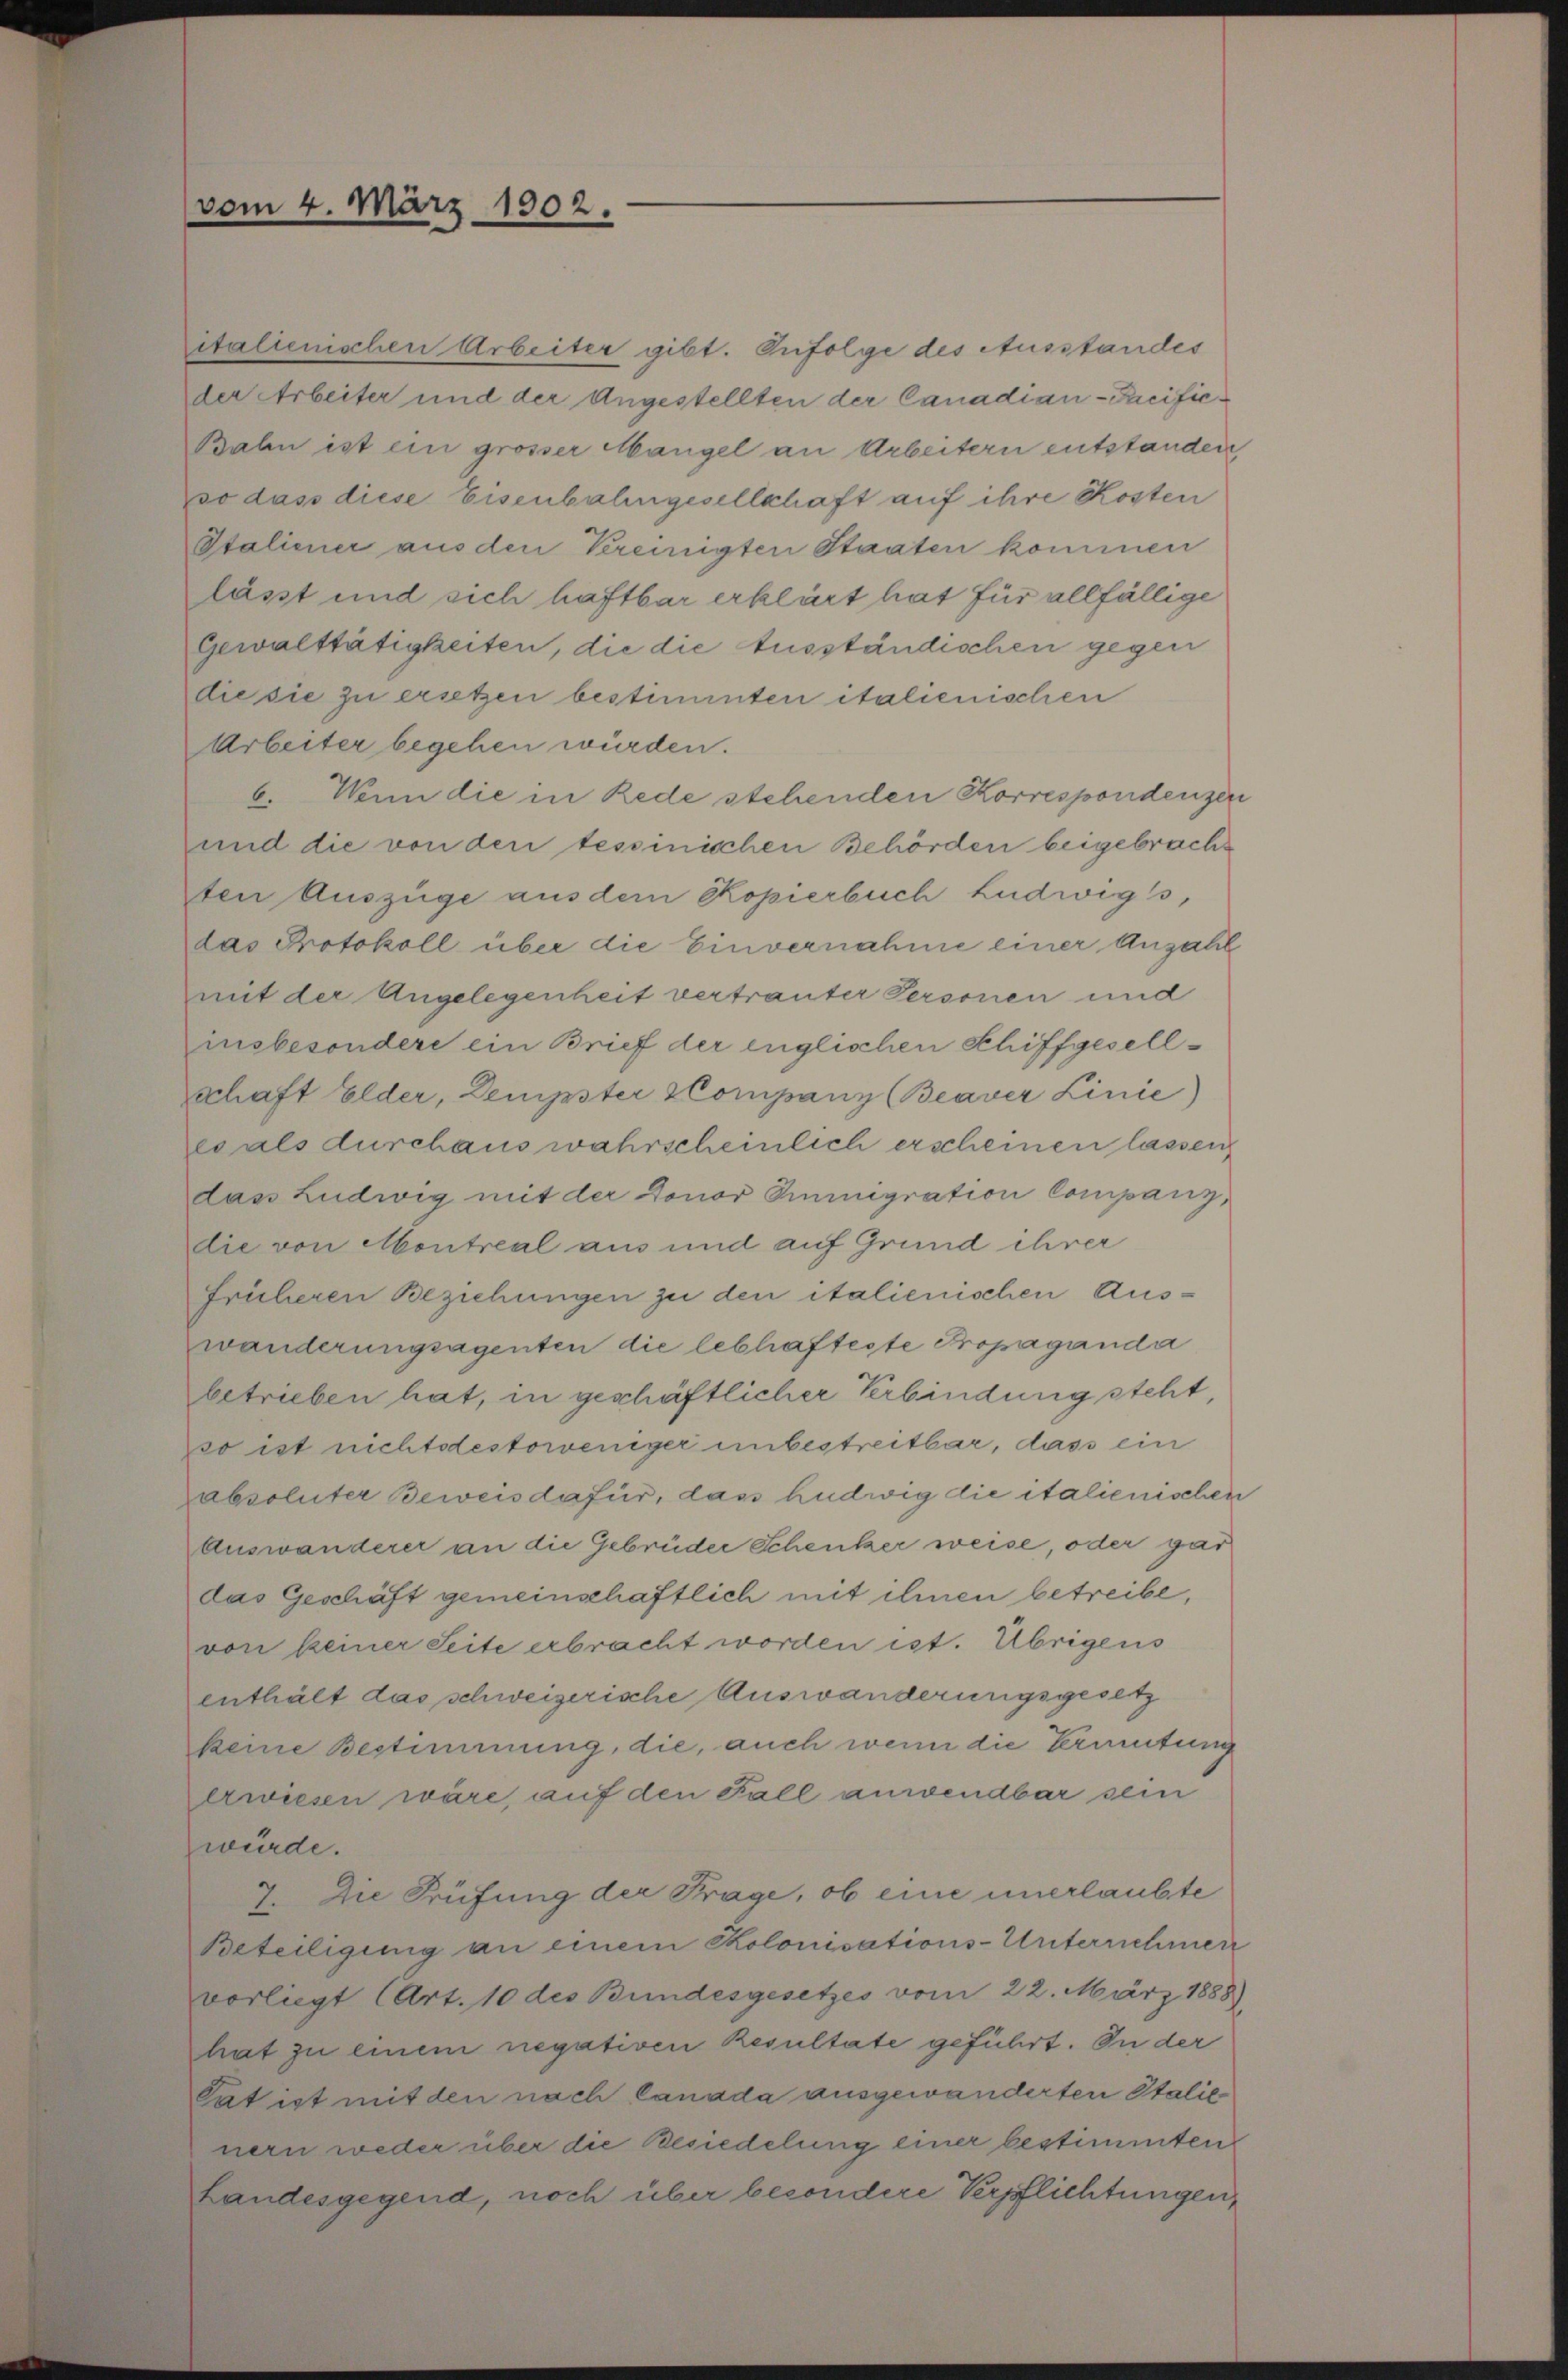
vom 4. März 1902.

italienischen Arbeiter gibt. Infolge des Ausstandes
der Arbeiter und der Angestellten der Canadian-Pacific¬
Balen ist ein grosser Mangel an Arbeitern entstanden
so dass diese Eisenbahngesellschaft auf ihre Kosten
Italiener aus den Vereinigten Staaten kommen
lässt und sich haftbar erklärt hat für allfällige
Gewalttätigkeiten, die die Ausständischen gegen
die sie zu ersetzen bestimmten italienischen
Arbeiter begehen würden.
6. Wenn die in Rede stehenden Korrespondenzen
und die von den tessinischen Behörden beigebracht
ten Auszüge aus dem Kopierbuch Ludwigs,
das Protokoll über die Einvernahme einer Anzahl
mit der Angelegenheit vertrauter Personen und
insbesondere ein Brief der englischen Schiffgesellschaft Elder, Dempster & Company (Beaver Linie)
es als durchaus wahrscheinlich erscheinen lassen,
dass Ludwig mit der Doner Immigration Companz,
die von Montreal aus und auf Grund ihrer
früheren Beziehungen zu den italienischen Auswanderungsagenten die lebhafteste Propaganda
betrieben hat, in geschäftlicher Verbindung steht,
so ist nichtsdestoweniger unbestreitbar, dass ein
zabsoluter Beweis dafür, das hudwig die italienischen
Auswanderer an die Gebrüder Schenker weise, oder gar
das Geschäft gemeinschaftlich mit ihnen betreibe,
von keiner Seite erbracht worden ist. Übrigens
enthält das schweizerische Auswanderungsgesetz
keine Bestimmung, die, auch wenn die Vermutung
erwiesen wäre, auf den Fall anwendbar sein
würde.
7. Die Prüfung der Frage, ob eine unerlaubte
Beteiligung an einem Kolonisations-Unternehmen
vorliegt (Art. 10 des Bundesgesetzes vom 22. März 1888)
hat zu einem negativen Resultate geführt. In der
Cat ist mit den nach Canada ausgewanderten Italie
nern weder über die Besiedelung einer bestimmten
Landesgegend, noch über besondere Verpflichtungen,